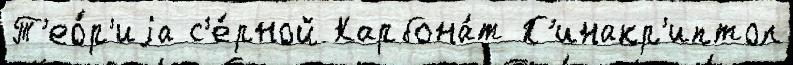
Т'ео́р'иjа с'е́рной Карбона́т П'инакр'иптол